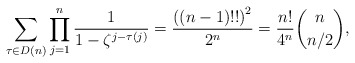
\begin{align*}\sum_{\tau \in D(n)} \prod_{j=1}^{n} \dfrac{1}{1-\zeta^{j-\tau(j)}}=\dfrac{\left( \left( n-1\right) !!\right) ^{2}}{2^n}=\dfrac{n!}{4^n}\binom{n}{n/2},\end{align*}